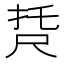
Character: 𡱩